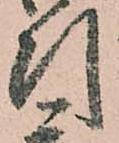
引